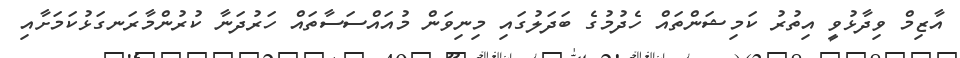
އާޒިމް ވިދާޅުވީ އިތުރު ކަމިޝަންތައް ހެދުމުގެ ބަދަލުގައި މިނިވަން މުއައްސަސާތައް ހަރުދަނާ ކުރުންމާރަނގަޅުކަމަށާއި